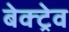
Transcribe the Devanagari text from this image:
बेक्ट्रेव